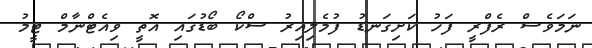
ނަމަވެސް ރެފްރީ ފަހު ކަށިގަނޑު ފުމެލިއިރު ސްކޯ ބޯޑުގައި އޮތީ ވިއެޓްނާމް ޓީމު